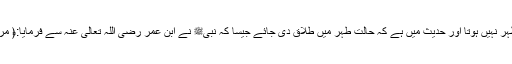
حالت نفاس میں طلاق نہ دی گئی ہو: کیونکہ نفاس طہر نہیں ہوتا اور حدیث میں ہے کہ حالت طہر میں طلاق دی جائے جیسا کہ نبیﷺ نے ابن عمر رضی اللہ تعالیٰ عنہ سے فرمایا:﴿ مُرْهُ فَلْيُرَاجِعْهَا ثُمَّ لْيَتْرُكْهَا حَتَّى تَطْهُرَ ثُمَّ تَحِيضَ ثُمَّ تَطْهُرَ ۔